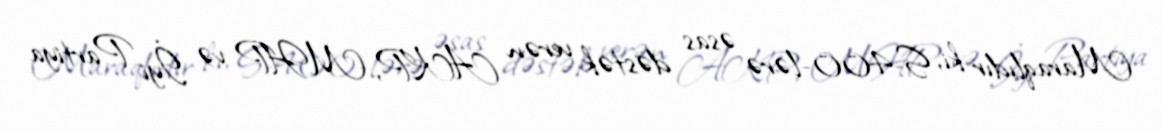
Maraqlıdır ki, S-400-lərə əsas dəstək verən AKP, MHP və İyi Partiya